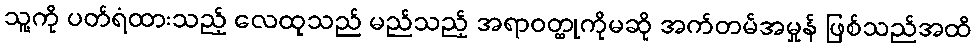
သူ့ကို ပတ်ရံထားသည့် လေထုသည် မည်သည့် အရာဝတ္ထုကိုမဆို အက်တမ်အမှုန် ဖြစ်သည်အထိ